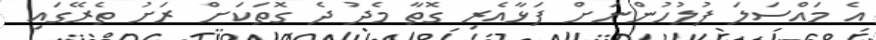
އެ މައްސަލަ ފުލުހުންނަށް ފަޅާއެރި ގޮތާ މެދު ދެ ގޮތަކަށް ރަށު ތެރޭގައި